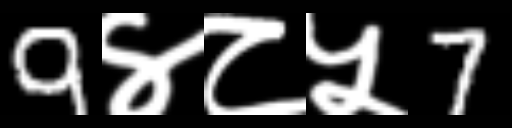
Text: 9४८५7